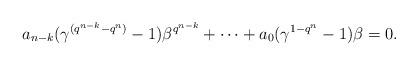
LaTeX: \begin{align*} a_{n-k}(\gamma^{(q^{n-k}-q^n)}-1)\beta^{q^{n-k}}+\cdots +a_0(\gamma^{1-q^n}-1)\beta=0. \end{align*}